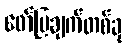
ဖော်ပြချက်တစ်ခု